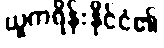
ယူကရိန်းနိုင်ငံ၏